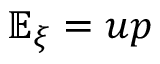
\mathbb { E } _ { \xi } = u p